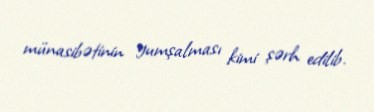
münasibətinin yumşalması kimi şərh edilib.